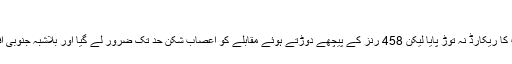
فہد کیہر	 23 دسمبر 2013 1
جنوبی افریقہ کرکٹ کی تاریخ کے سب سے بڑے ہدف کے کامیاب تعاقب کا ریکارڈ نہ توڑ پایا لیکن 458 رنز کے پیچھے دوڑتے ہوئے مقابلے کو اعصاب شکن حد تک ضرور لے گیا اور بلاشبہ جنوبی افریقہ - بھارت جوہانسبرگ ٹیسٹ تاریخ کے بہترین مقابلوں میں شمار ہوگا۔